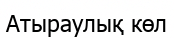
Атыраулық көл